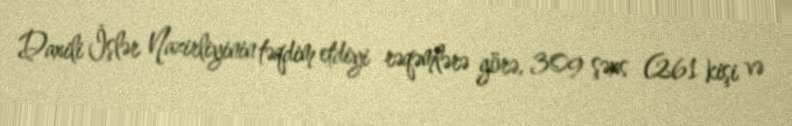
Daxili İşlər Nazirliyinin təqdim etdiyi rəqəmlərə görə, 309 şəxs (261 kişi və